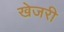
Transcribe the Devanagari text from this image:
खेजरी